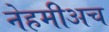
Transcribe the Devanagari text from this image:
नेहमीअच